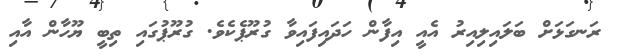
ރަނގަޅަށް ބަލައިލިއިރު އެއީ އިފާން ހަދައިފައިވާ ގުރޫޕެކެވެ. ގުރޫޕުގައި ތިބީ ޔޫހާން އާއި